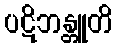
ပဋိဘန္တူတိ